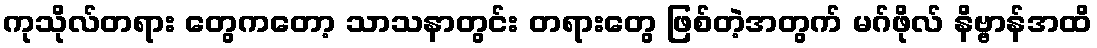
ကုသိုလ်တရား တွေကတော့ သာသနာတွင်း တရားတွေ ဖြစ်တဲ့အတွက် မဂ်ဖိုလ် နိဗ္ဗာန်အထိ